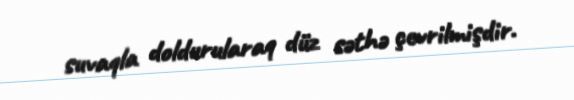
suvaqla doldurularaq düz səthə çevrilmişdir.